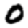
Digit: 0